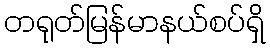
တရုတ်မြန်မာနယ်စပ်ရှိ